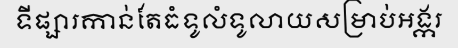
ទីផ្សារកាន់តែធំទូលំទូលាយសម្រាប់អង្ករ